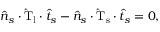
\boldsymbol { \hat { n } _ { s } } \cdot \mathrm { \hat { T } _ { l } } \cdot \boldsymbol { \hat { t } _ { s } } - \boldsymbol { \hat { n } _ { s } } \cdot \mathrm { \hat { T } _ { s } } \cdot \boldsymbol { \hat { t } _ { s } } = 0 ,